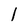
Character: l